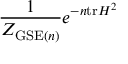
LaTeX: { \frac { 1 } { Z _ { { \mathrm { G S E } } ( n ) } } } e ^ { - n \mathrm { t r } H ^ { 2 } }